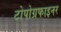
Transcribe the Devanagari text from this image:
टोपोग्रफाइनर